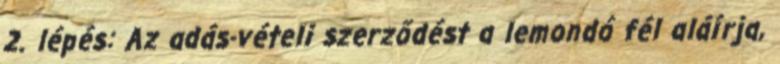
2. lépés: Az adás-vételi szerződést a lemondó fél aláírja,